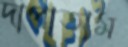
দাপাতাম